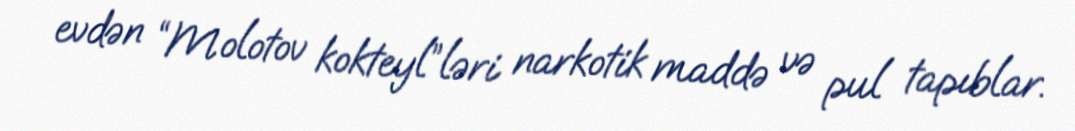
evdən “Molotov kokteyl”ləri narkotik maddə və pul tapıblar.